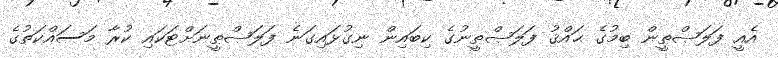
އެއީ ފަލަޞްޠީން ބިމުގެ ޙައްޤު ފަލަޞްޠީނުގެ ކިބައިން ނިގުޅައިގަނެ ފަލަޞްޠީނަށްޓަކައި ކުރާ މަސައްކަތުގެ